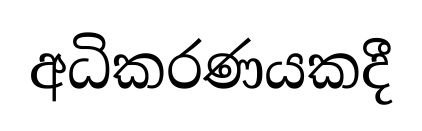
අධිකරණයකදී